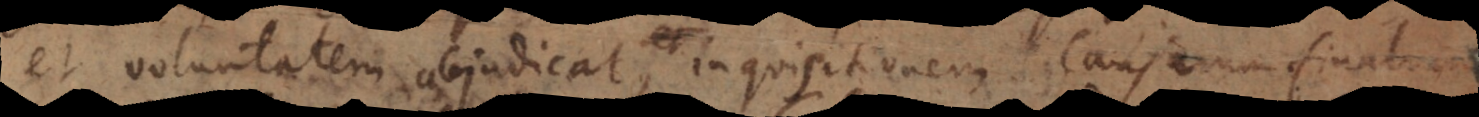
et voluntatem abjudicat, inquisitionem causarum final